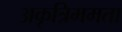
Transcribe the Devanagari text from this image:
अकृत्रिममता